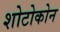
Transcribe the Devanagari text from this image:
शोटोकोन